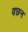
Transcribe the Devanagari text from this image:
वछन